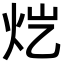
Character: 𬉽